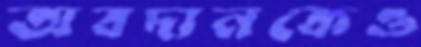
অবদানকেও